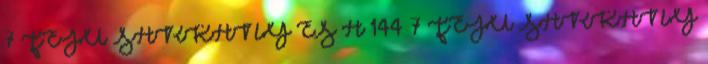
7 FEJŰ SÁRKÁNY ÉS A 144 7 FEJŰ SÁRKÁNY